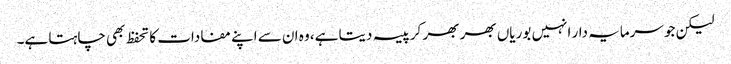
لیکن جو سرمایہ دار انہیں بوریاں بھر بھر کر پیسہ دیتا ہے، وہ ان سے اپنے مفادات کا تحفظ بھی چاہتا ہے۔